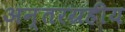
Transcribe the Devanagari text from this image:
अन्तरग्रहीय